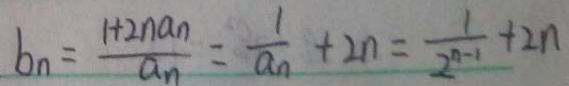
b _ { n } = \frac { 1 + 2 n a _ { n } } { a _ { n } } = \frac { 1 } { a _ { n } } + 2 n = \frac { 1 } { 2 ^ { n - 1 } } + 2 n